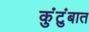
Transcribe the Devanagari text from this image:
कुंटुंबात